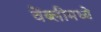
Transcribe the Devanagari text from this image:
वेंब्लीमध्ये